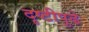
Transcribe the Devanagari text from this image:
दृष्टीपुढे